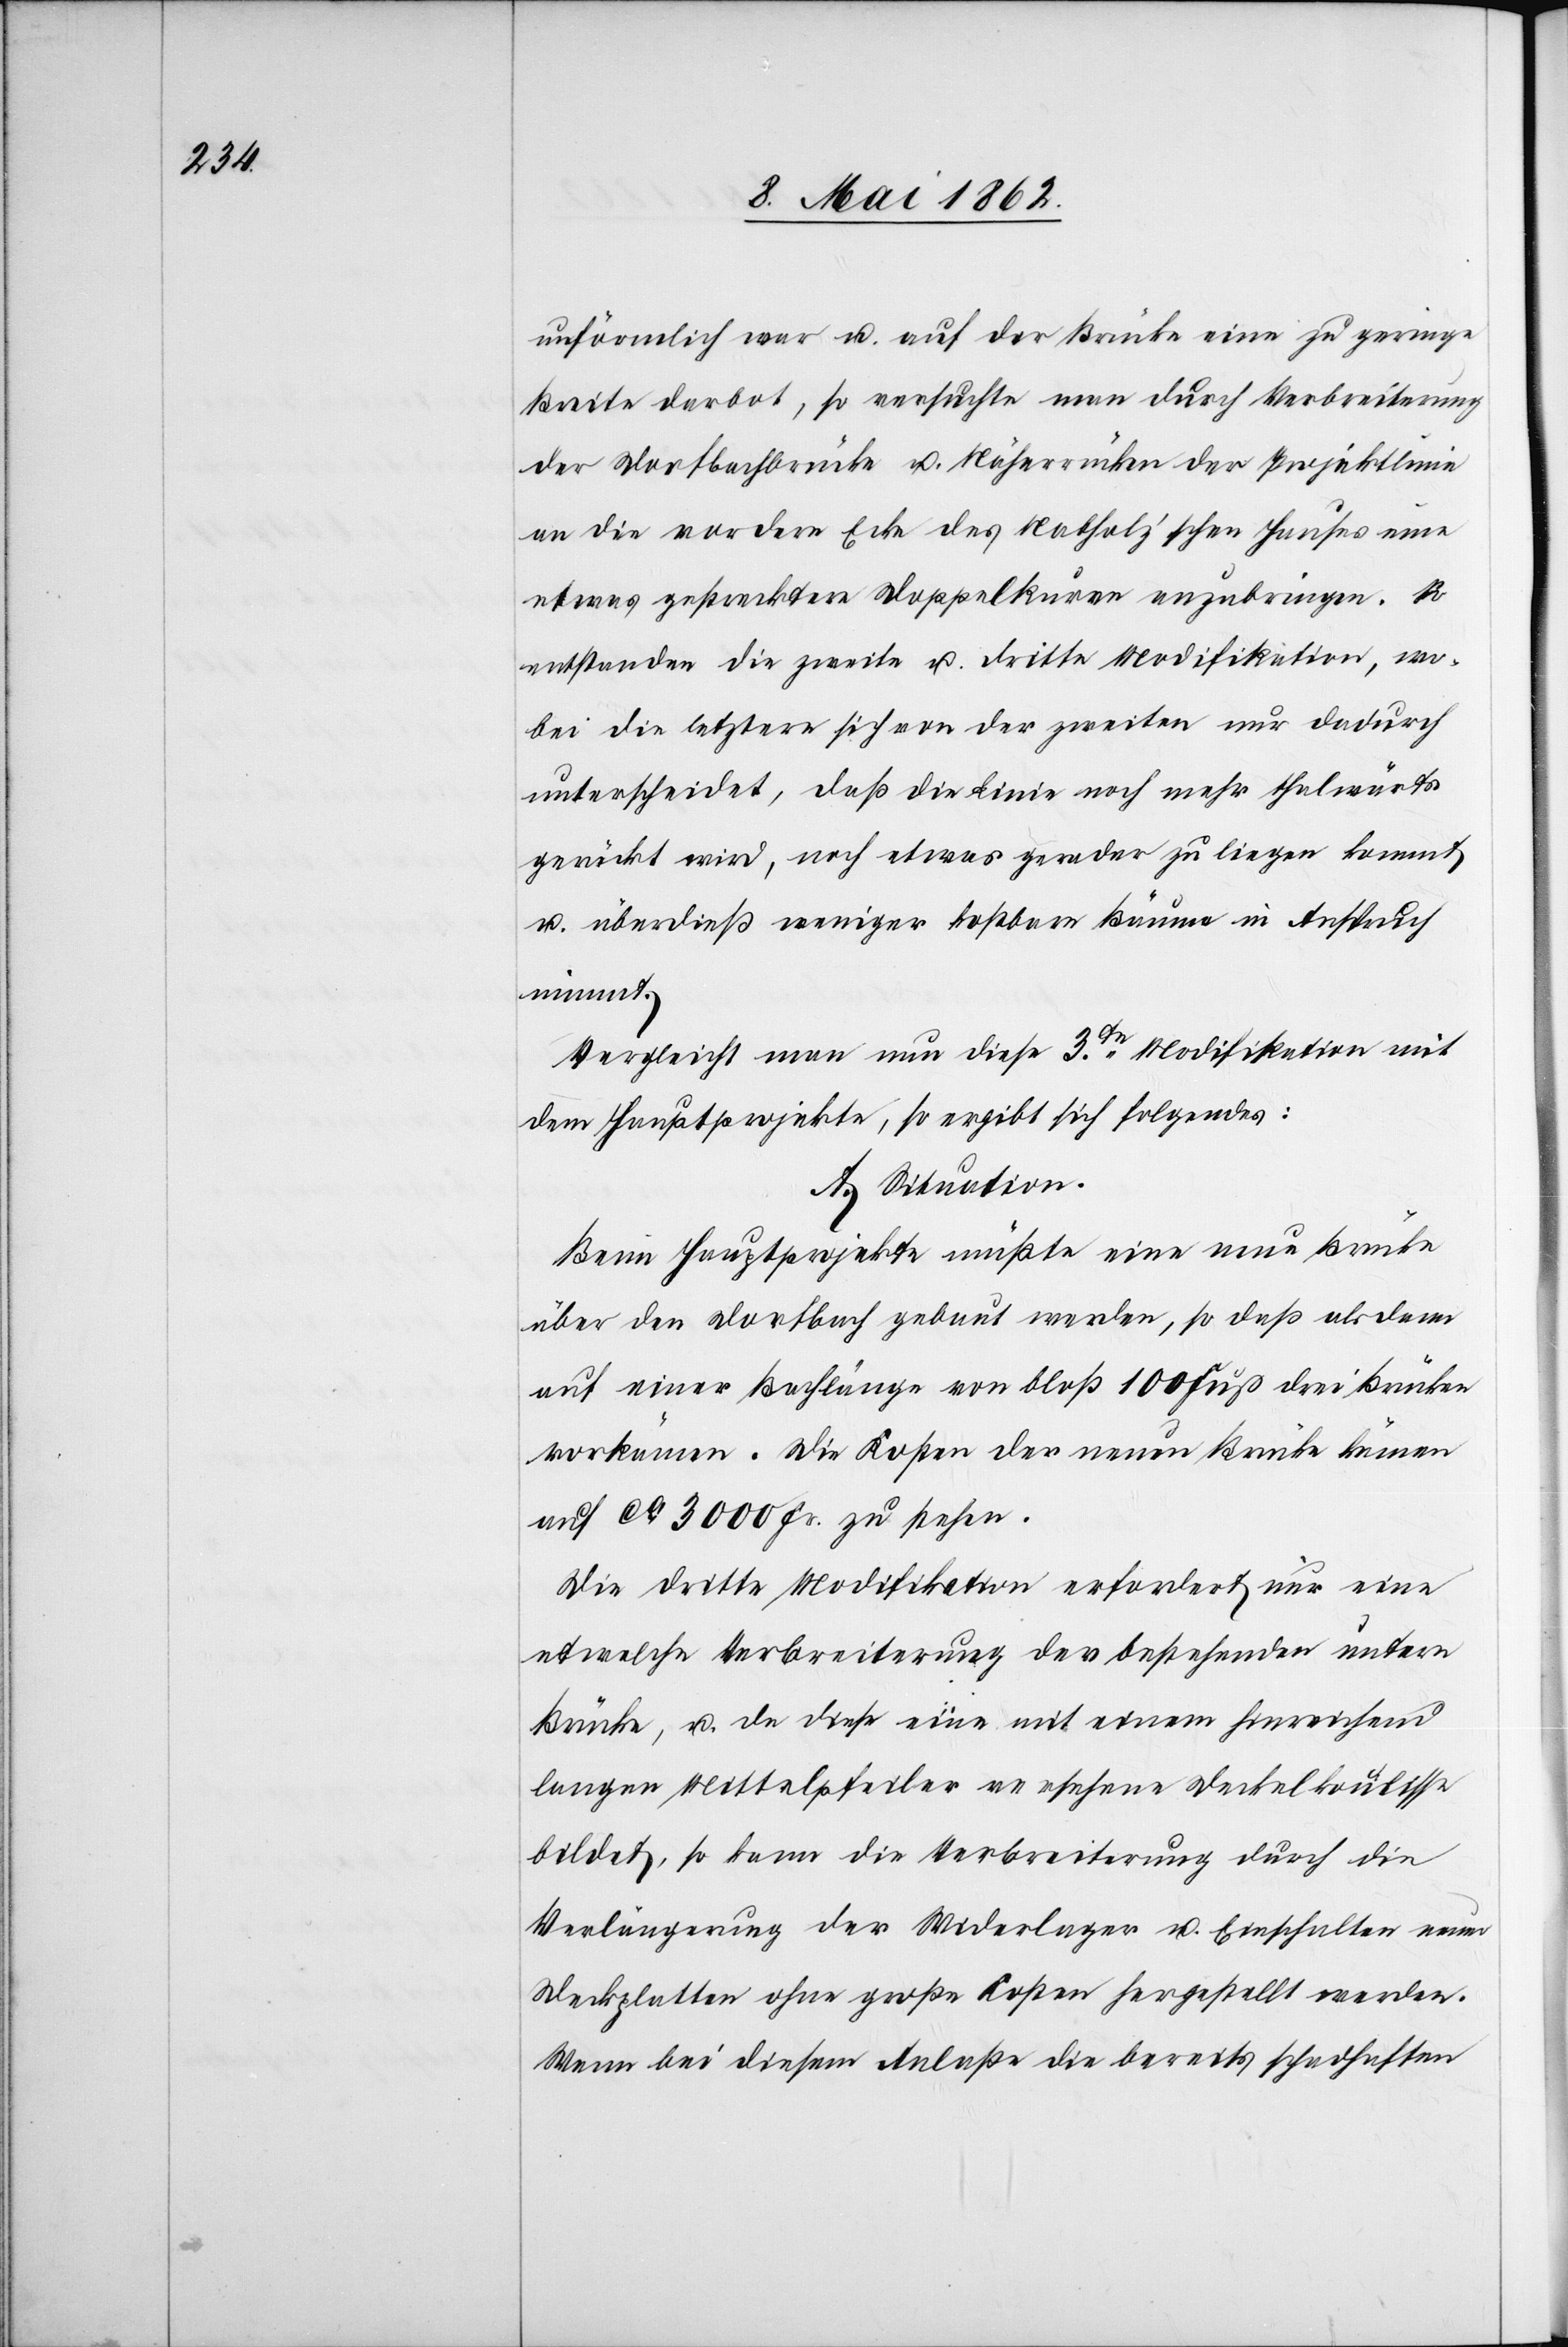
unförmlich war u. auf der Brücke eine zu geringe
Breite darbot, so versuchte man durch Verbreiterung
der Dorfbachbrücke u. Näherrücken der Projektlinie
an die vordere Ecke des Nabholz’schen Hauses eine
etwas gestrecktere Doppelkurve anzubringen. So
entstanden die zweite u. dritte Modifikation, wo¬
bei die letztere sich von der zweiten nur dadurch
unterscheidet, daß die Linie noch mehr thalwärts
gerückt wird, noch etwas gerader zu liegen kommt,
u. überdieß weniger kostbare Bäume in Anspruch
nimmt.
Vergleicht man nun diese 3te Modifikation mit
dem Hauptprojekte, so ergibt sich folgendes:
A. Situation.
Beim Hauptprojekte müßte eine neue Brücke
über den Dorfbach gebaut werden, so daß alsdann
auf einer Bachlänge von bloß 100 Fuß drei Brücken
vorkämen. Die Kosten der neuen Brücke kämen
auf ca. 3000 Fr. zu stehen.
Die dritte Modifikation erfordert nur eine
etwelche Verbreiterung der bestehenden untern
Brücke, u. da diese eine mit einem hinreichend
langen Mittelpfeiler versehene Deckelkoulisse
bildet, so kann die Verbreiterung durch die
Verlängerung der Widerlager u. Einschalten neuer
Deckplatten ohne große Kosten hergestellt werden.
Wenn bei diesem Anlaße die bereits schadhaften